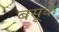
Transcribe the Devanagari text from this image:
बसूक